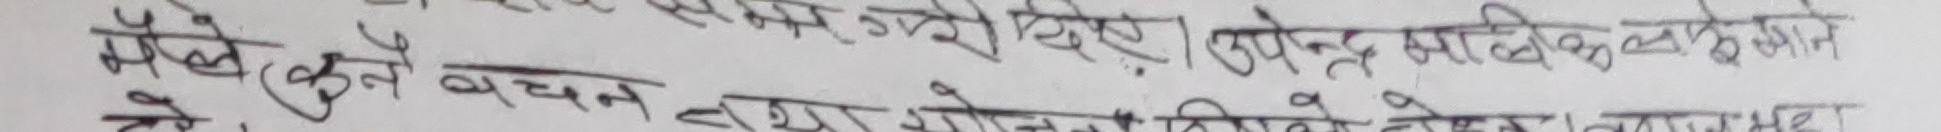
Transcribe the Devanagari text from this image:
मैले कुनै वचन तथा गोपनीय लेख्दा। उपेन्द्र साहित्यिक लेख्यो ज्ञान